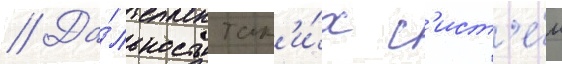
// Да́льность так'и́х с'ист'е́м